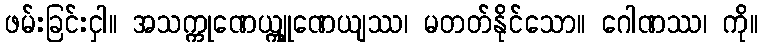
ဖမ်းခြင်းငှါ။ အသက္ကုဏေယျ္ကုဏေယျဿ၊ မတတ်နိုင်သော။ ဂေါဏဿ၊ ကို။